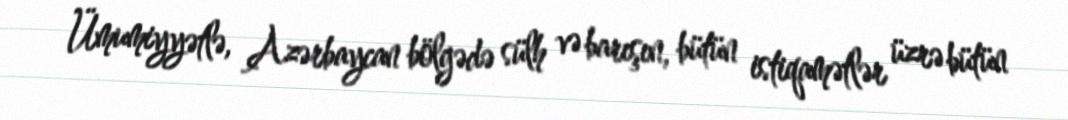
Ümumiyyətlə, Azərbaycan bölgədə sülh və barışın, bütün istiqamətlər üzrə bütün